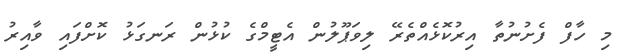
މި ހާފް ފެށުނުތާ އިރުކޮޅެއްތެރޭ ލިވަޕޫލުން އެޓީމްގެ ކުޅުން ރަނގަޅު ކޮށްފައި ވާއިރު